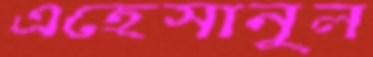
এহেসানুল